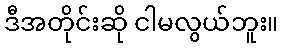
ဒီအတိုင်းဆို ငါမလွယ်ဘူး။